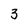
Character: 3